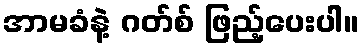
အာမခံနဲ့ ဂတ်စ် ဖြည့်ပေးပါ။